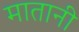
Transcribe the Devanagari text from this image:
मातानी